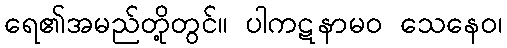
ရေ၏အမည်တို့တွင်။ ပါကဋနာမဝ သေနေဝ၊